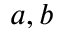
a , b